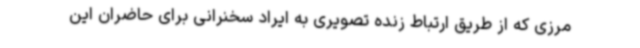
مرزی که از طریق ارتباط زنده تصویری به ایراد سخنرانی برای حاضران این